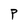
Character: P